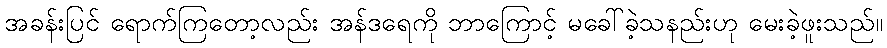
အခန်းပြင် ရောက်ကြတော့လည်း အန်ဒရေကို ဘာကြောင့် မခေါ်ခဲ့သနည်းဟု မေးခဲ့ဖူးသည်။